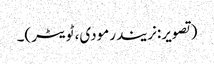
(تصویر:نریندرمودی، ٹویٹر)۔